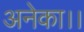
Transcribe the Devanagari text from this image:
अनेका।।